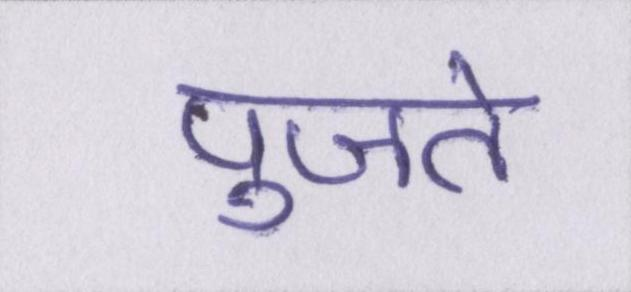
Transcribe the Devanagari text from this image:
पुजते